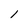
Character: l